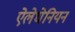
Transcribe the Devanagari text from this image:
ऐलेघेनियन